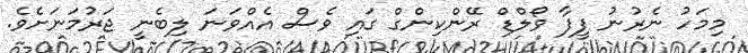
މިމަހު ނެރުނު ފީފާ ވޯލްޑް ރޭންކިންގް ގައި ވެސް އެއްވަނަ ލިބެނީ ޖަރުމަނަށެވެ.